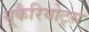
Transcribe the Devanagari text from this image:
यूकैरियोट्स